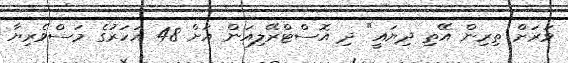
ވަރަށް ތިރިން އޭތި ދިޔައީ" ދި އޮސްޓްރޭލިއަން އަށް 48 އަހަރުގެ މަސްވެރިޔާ